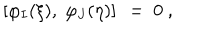
\left[ \varphi _ { I } ( \xi ) , \; \varphi _ { J } ( \eta ) \right] \ = \ 0 \ ,